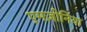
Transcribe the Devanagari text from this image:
एमज़ोनिया